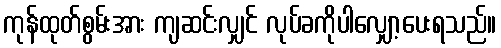
ကုန်ထုတ်စွမ်းအား ကျဆင်းလျှင် လုပ်ခကိုပါလျှော့ပေးရသည်။